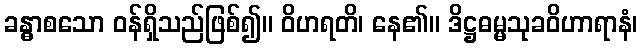
ခန္ဓာစသော ဝန်ရှိသည်ဖြစ်၍။ ဝိဟရတိ၊ နေ၏။ ဒိဋ္ဌဓမ္မသုခဝိဟာရာနံ၊